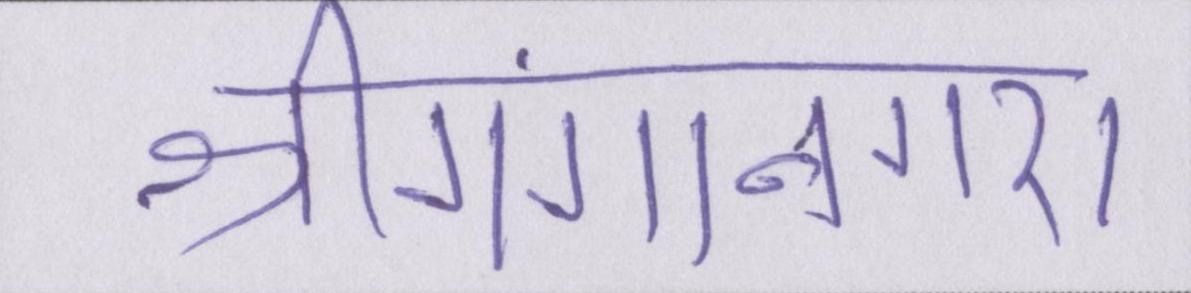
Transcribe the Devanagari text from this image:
श्रीगंगानगर।